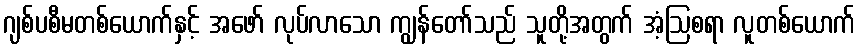
ဂျစ်ပစီမတစ်ယောက်နှင့် အဖော် လုပ်လာသော ကျွန်တော်သည် သူတို့အတွက် အံ့ဩစရာ လူတစ်ယောက်